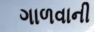
ગાળવાની